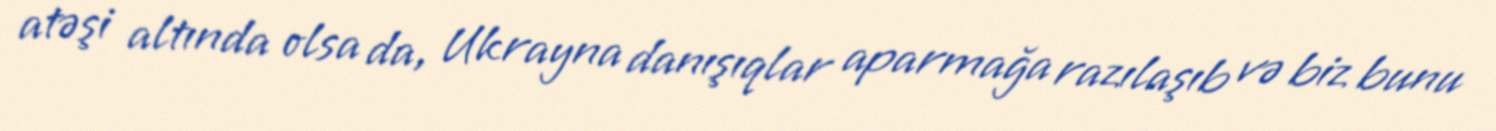
atəşi altında olsa da, Ukrayna danışıqlar aparmağa razılaşıb və biz bunu